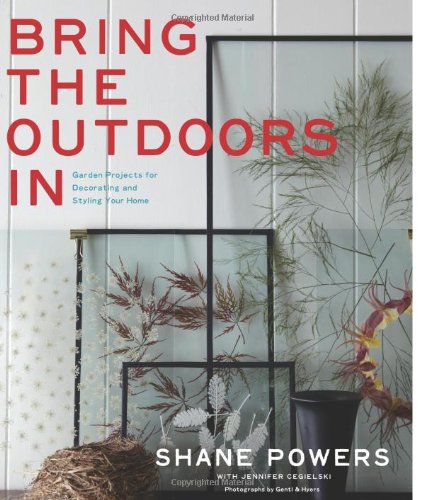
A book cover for Bring the Outdoors In: Garden Projects for Decorating and Styling Your Home; Shane Powers; Crafts, Hobbies & Home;